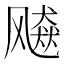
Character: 𱃠